Vaccination in Bombay 1856-1862 - 1856-1862
Year: 1856
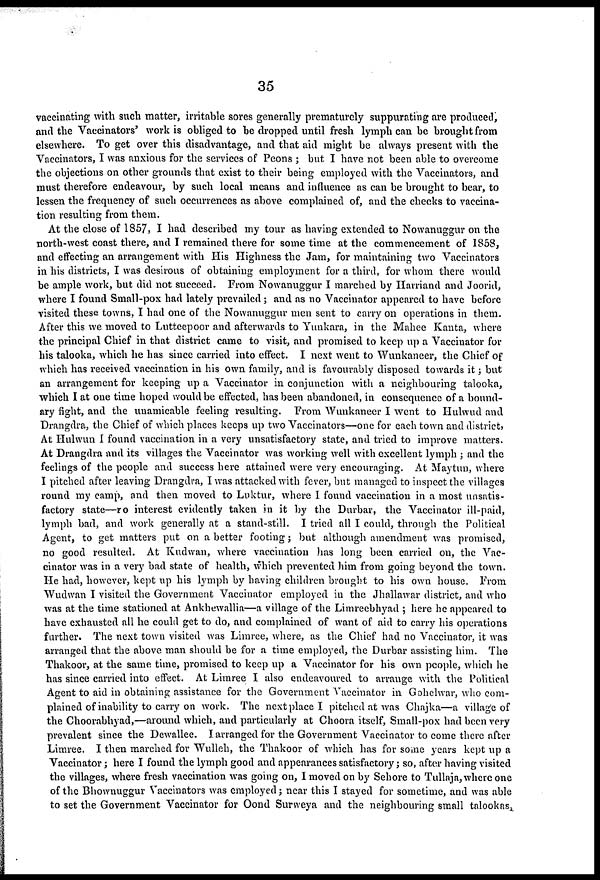
35
vaccinating with such matter, irritable sores generally prematurely suppurating are produced,
and the Vaccinators' work is obliged to be dropped until fresh lymph can be brought from
elsewhere. To get over this disadvantage, and that aid might be always present with the
Vaccinators, I was anxious for the services of Peons ; but I have not been able to overcome
the objections on other grounds that exist to their being employed with the Vaccinators, and
must therefore endeavour, by such local means and influence as can be brought to bear, to
lessen the frequency of such occurrences as above complained of, and the checks to vaccina-
tion resulting from them.
At the close of 1857, I had described my tour as having extended to Nowanuggur on the
north-west coast there, and I remained there for some time at the commencement of 1858,
and effecting an arrangement with His Highness the Jam, for maintaining two Vaccinators
in his districts, I was desirous of obtaining employment for a third, for whom there would
be ample work, but did not succeed. From Nowanuggur I marched by Harriand and Joorid,
where I found Small-pox had lately prevailed ; and as no Vaccinator appeared to have before
visited these towns, I had one of the Nowanuggur men sent to carry on operations in them.
After this we moved to Luttcepoor and afterwards to Yunkara, in the Mahee Kanta, where
the principal Chief in that district came to visit, and promised to keep up a Vaccinator for
his talooka, which he has since carried into effect. I next went to Wunkaneer, the Chief of
which has received vaccination in his own family, and is favourably disposed towards it; but
an arrangement for keeping up a Vaccinator in conjunction with a neighbouring talooka,
which I at one time hoped would be effected, has been abandoned, in consequence of a bound-
ary fight, and the unamicable feeling resulting. From Wunkaneer I went to Hulwud and
Drangdra, the Chief of which places keeps up two Vaccinators—one for each town and district,
At Hulwun I found vaccination in a very unsatisfactory state, and tried to improve matters.
At Drangdra and its villages the Vaccinator was working well with excellent lymph ; and the
feelings of the people and success here attained were very encouraging. At Maytun, where
I pitched after leaving Drangdra, I was attacked with fever, but managed to inspect the villages
round my camp, and then moved to Luktur, where I found vaccination in a most unsatis-
factory state—no interest evidently taken in it by the Durbar, the Vaccinator ill-paid,
lymph bad, and work generally at a stand-still. I tried all I could, through the Political
Agent, to get matters put on a better footing; but although amendment was promised,
no good resulted. At Kudwan, where vaccination has long been carried on, the Vac-
cinator was in a very bad state of health, which prevented him from going beyond the town.
He had, however, kept up his lymph by having children brought to his own house. From
Wudwan I visited the Government Vaccinator employed in the Jhallawar district, and who
was at the time stationed at Ankhewallia—a village of the Limreebhyad ; here he appeared to
have exhausted all he could get to do, and complained of want of aid to carry his operations
further. The next town visited was Limree, where, as the Chief had no Vaccinator, it was
arranged that the above man should be for a time employed, the Durbar assisting him. The
Thakoor, at the same time, promised to keep up a Vaccinator for his own people, which he
has since carried into effect. At Limree I also endeavoured to arrange with the Political
Agent to aid in obtaining assistance for the Government Vaccinator in Gohelwar, who com-
plained of inability to carry on work. The next place I pitched at was Chajka—a village of
the Choorabhyad,—around which, and particularly at Choora itself, Small-pox had been very
prevalent since the Dewallee. I arranged for the Government Vaccinator to come there after
Limree. I then marched for Wulleh, the Thakoor of which has for some years kept up a
Vaccinator; here I found the lymph good and appearances satisfactory; so, after having visited
the villages, where fresh vaccination was going on, I moved on by Sehore to Tullaja, where one
of the Bhownuggur Vaccinators was employed ; near this I stayed for sometime, and was able
to set the Government Vaccinator for Oond Surweya and the neighbouring small talookas